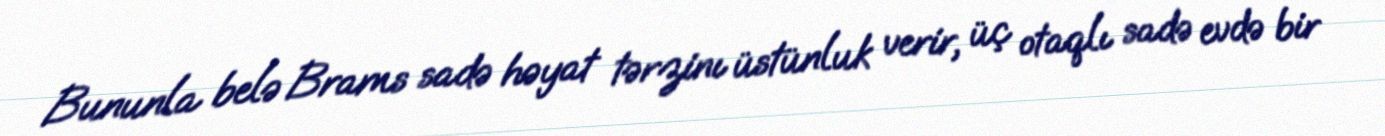
Bununla belə Brams sadə həyat tərzinı üstünluk verir, üç otaqlı sadə evdə bir